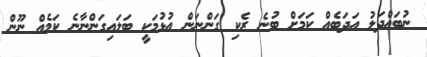
ނުބައްދަލު އަދަބެއް ކަމަށް ބުނެ ރެކި ގަންނަން އުޅުމަަކީ ބަލައިގަންނާނެ ކަމެއް ނޫން